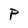
Character: P